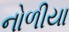
નોળીયા